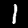
Label: 1